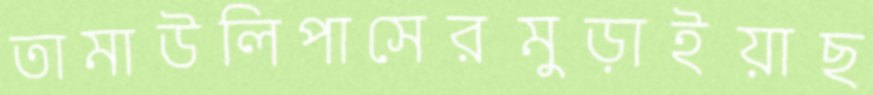
তামাউলিপাসেরমুড়াইয়াছ